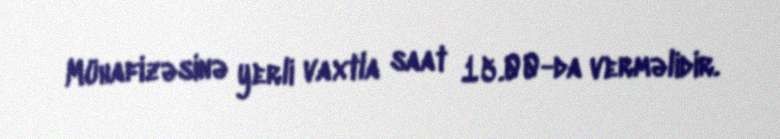
Mühafizəsinə yerli vaxtla saat 15.00-da verməlidir.